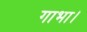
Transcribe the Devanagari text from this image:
गाभा।